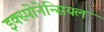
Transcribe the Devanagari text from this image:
इक्स्पोनेन्सियल